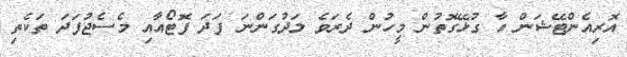
އޮރިއެންޓޭޝަން އާ ގުޅޭގޮތުން މީހުން ދެރަވެ ލަދުގަންނަ ފަދަ ފޮޓޯއާއި މެސެޖުފަދަ ތަކެތި